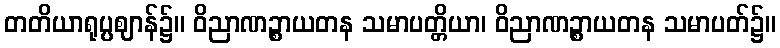
တတိယာရုပ္ပဈာန်၌။ ဝိညာဏဉ္စာယတန သမာပတ္တိယာ၊ ဝိညာဏဉ္စာယတန သမာပတ်၌။